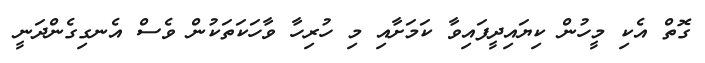
ގޮތް އެކި މީހުން ކިޔައިދީފައިވާ ކަމަށާއި މި ހުރިހާ ވާހަކަތަކުން ވެސް އެނގިގެންދަނީ